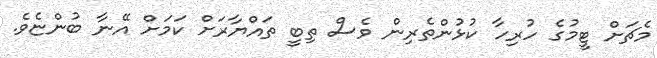
މެޗަށް ޓީމުގެ ހުރިހާ ކުޅުންތެރިން ވެސް ތިބީ ތައްޔާރަށް ކަމަށް އޭނާ ބުންޏެވެ.